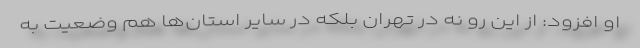
او افزود: از این رو نه در تهران بلکه در سایر استان‌ها هم وضعیت به